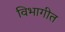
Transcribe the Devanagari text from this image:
विभागीत